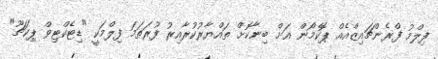
ފިލްމު ފްރެންޗައިޒްއެއް ޕޮކެމޯން އަށް ބިނާކޮށް ތައްޔާރުކުރާއިރު ފުރަތަމަ ފިލްމަކީ "ޑިޓެކްޓިވް ޕިކަޗޫ"